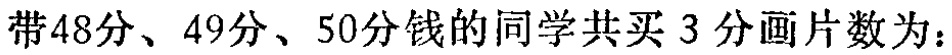
带48分、49分、50分钱的同学共买3分画片数为：